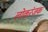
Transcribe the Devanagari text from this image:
लोकरंजक